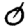
Digit: 0